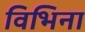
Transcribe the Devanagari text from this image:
विभिना